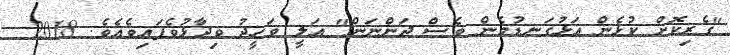
"ގެރިކޮށް ކުޅެން އަޅުގަނޑުމެން ވެސް ދަންނަން" އަލީ ވަހީދު ވިދާޅުވެފައިވެއެވެ. 2018